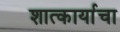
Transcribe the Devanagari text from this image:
शात्कार्याचा